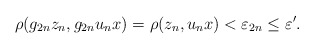
\begin{gather*} \rho(g_{2n} z_n, g_{2n} u_n x) = \rho(z_n,u_n x) < \varepsilon_{2n} \le \varepsilon'. \end{gather*}